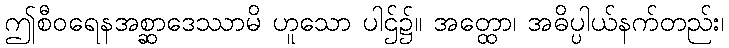
ဤစီဝရေနအစ္ဆာဒေဿာမိ ဟူသော ပါဌ်၌။ အတ္ထော၊ အဓိပ္ပါယ်နက်တည်း၊